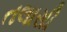
તલાસી